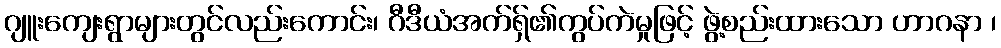
ဂျူးကျေးရွာများတွင်လည်းကောင်း၊ ဂီဒီယံအက်ရှ်၏ကွပ်ကဲမှုဖြင့် ဖွဲ့စည်းထားသော ဟာဂနာ ၊